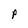
Character: P